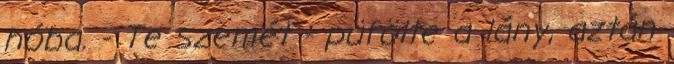
hóba. - Te szemét - püfölte a lány, aztán